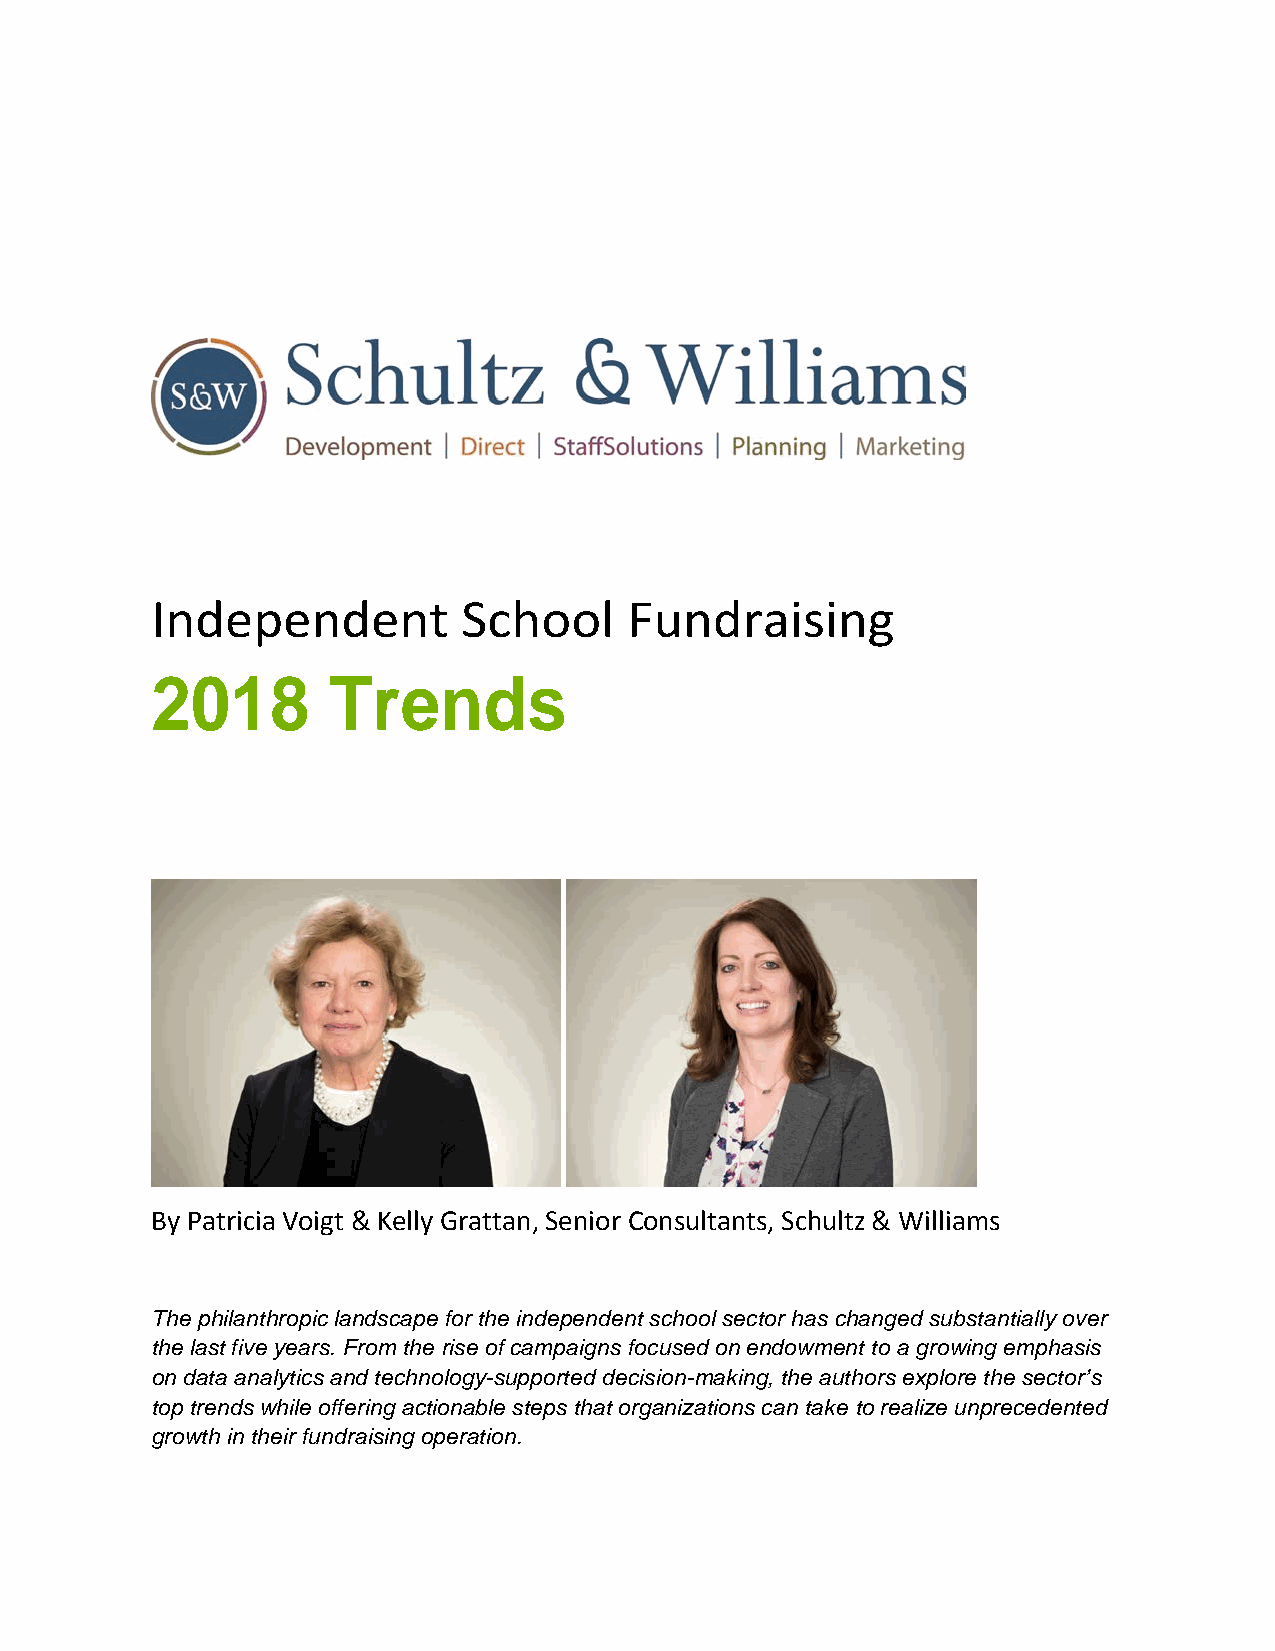
Independent          School     Fundraising
 2018        Trends
 By Patricia Voigt & Kelly Grattan, Senior Consultants, Schultz & Williams
 The philanthropic landscape for the independent school sector has changed substantially over
 the last five years. From the rise of campaigns focused on endowment to a growing emphasis
 on data analytics and technology-supported decision-making, the authors explore the sector’s
 top trends while offering actionable steps that organizations can take to realize unprecedented
 growth in their fundraising operation.